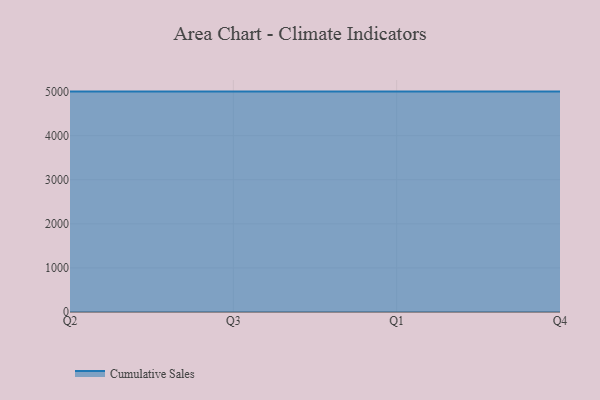
{"axis": {"x": "Quarter", "y": "LTV (USD)"}, "legend": ["Cumulative Sales"], "data": [{"x": "Q2", "y": 5000, "type": "Cumulative Sales"}, {"x": "Q3", "y": 5000, "type": "Cumulative Sales"}, {"x": "Q1", "y": 5000, "type": "Cumulative Sales"}, {"x": "Q4", "y": 5000, "type": "Cumulative Sales"}]}